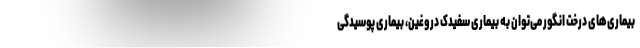
بیماری‌های درخت انگور می‌توان به بیماری سفیدک دروغین، بیماری پوسیدگی